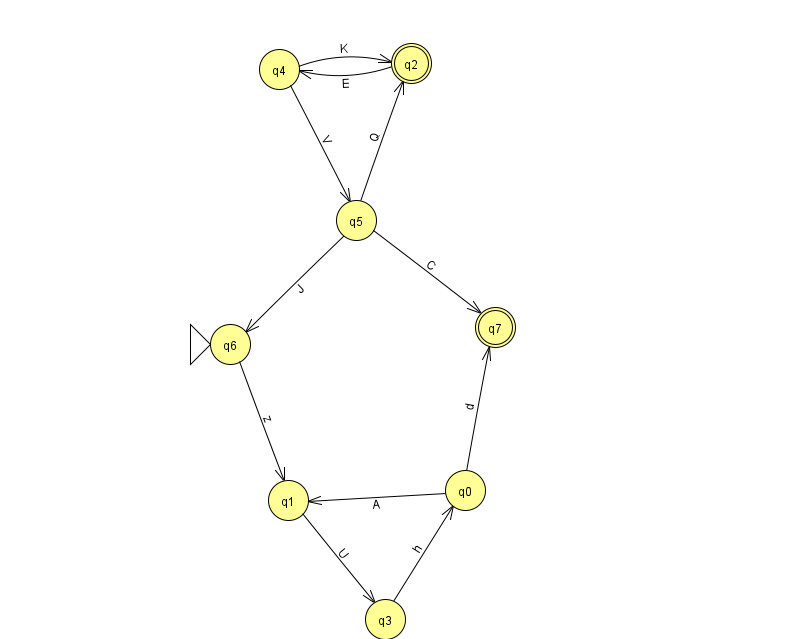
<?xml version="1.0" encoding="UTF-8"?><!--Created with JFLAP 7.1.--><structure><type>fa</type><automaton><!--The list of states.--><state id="0" name="q0"><x>465.0</x><y>477.0</y></state><state id="1" name="q1"><x>288.0</x><y>487.0</y></state><state id="2" name="q2"><x>411.0</x><y>50.0</y><final/></state><state id="3" name="q3"><x>385.0</x><y>606.0</y></state><state id="4" name="q4"><x>279.0</x><y>56.0</y></state><state id="5" name="q5"><x>356.0</x><y>207.0</y></state><state id="6" name="q6"><x>230.0</x><y>331.0</y><initial/></state><state id="7" name="q7"><x>495.0</x><y>314.0</y><final/></state><!--The list of transitions.--><transition><from>4</from><to>2</to><read>K</read></transition><transition><from>5</from><to>2</to><read>Q</read></transition><transition><from>6</from><to>1</to><read>z</read></transition><transition><from>5</from><to>6</to><read>J</read></transition><transition><from>3</from><to>0</to><read>h</read></transition><transition><from>0</from><to>1</to><read>A</read></transition><transition><from>2</from><to>4</to><read>E</read></transition><transition><from>4</from><to>5</to><read>V</read></transition><transition><from>5</from><to>7</to><read>C</read></transition><transition><from>0</from><to>7</to><read>d</read></transition><transition><from>1</from><to>3</to><read>U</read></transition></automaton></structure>